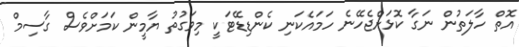
އޮތް ހާލަތުން ނަގާ ކޮޅަށްޖެހޭނެ ހަމައެކަނި ކެންޑިޑޭޓަކީ މިވަގުތު ޔާމީން ކަމަށްވެސް ގާސިމް